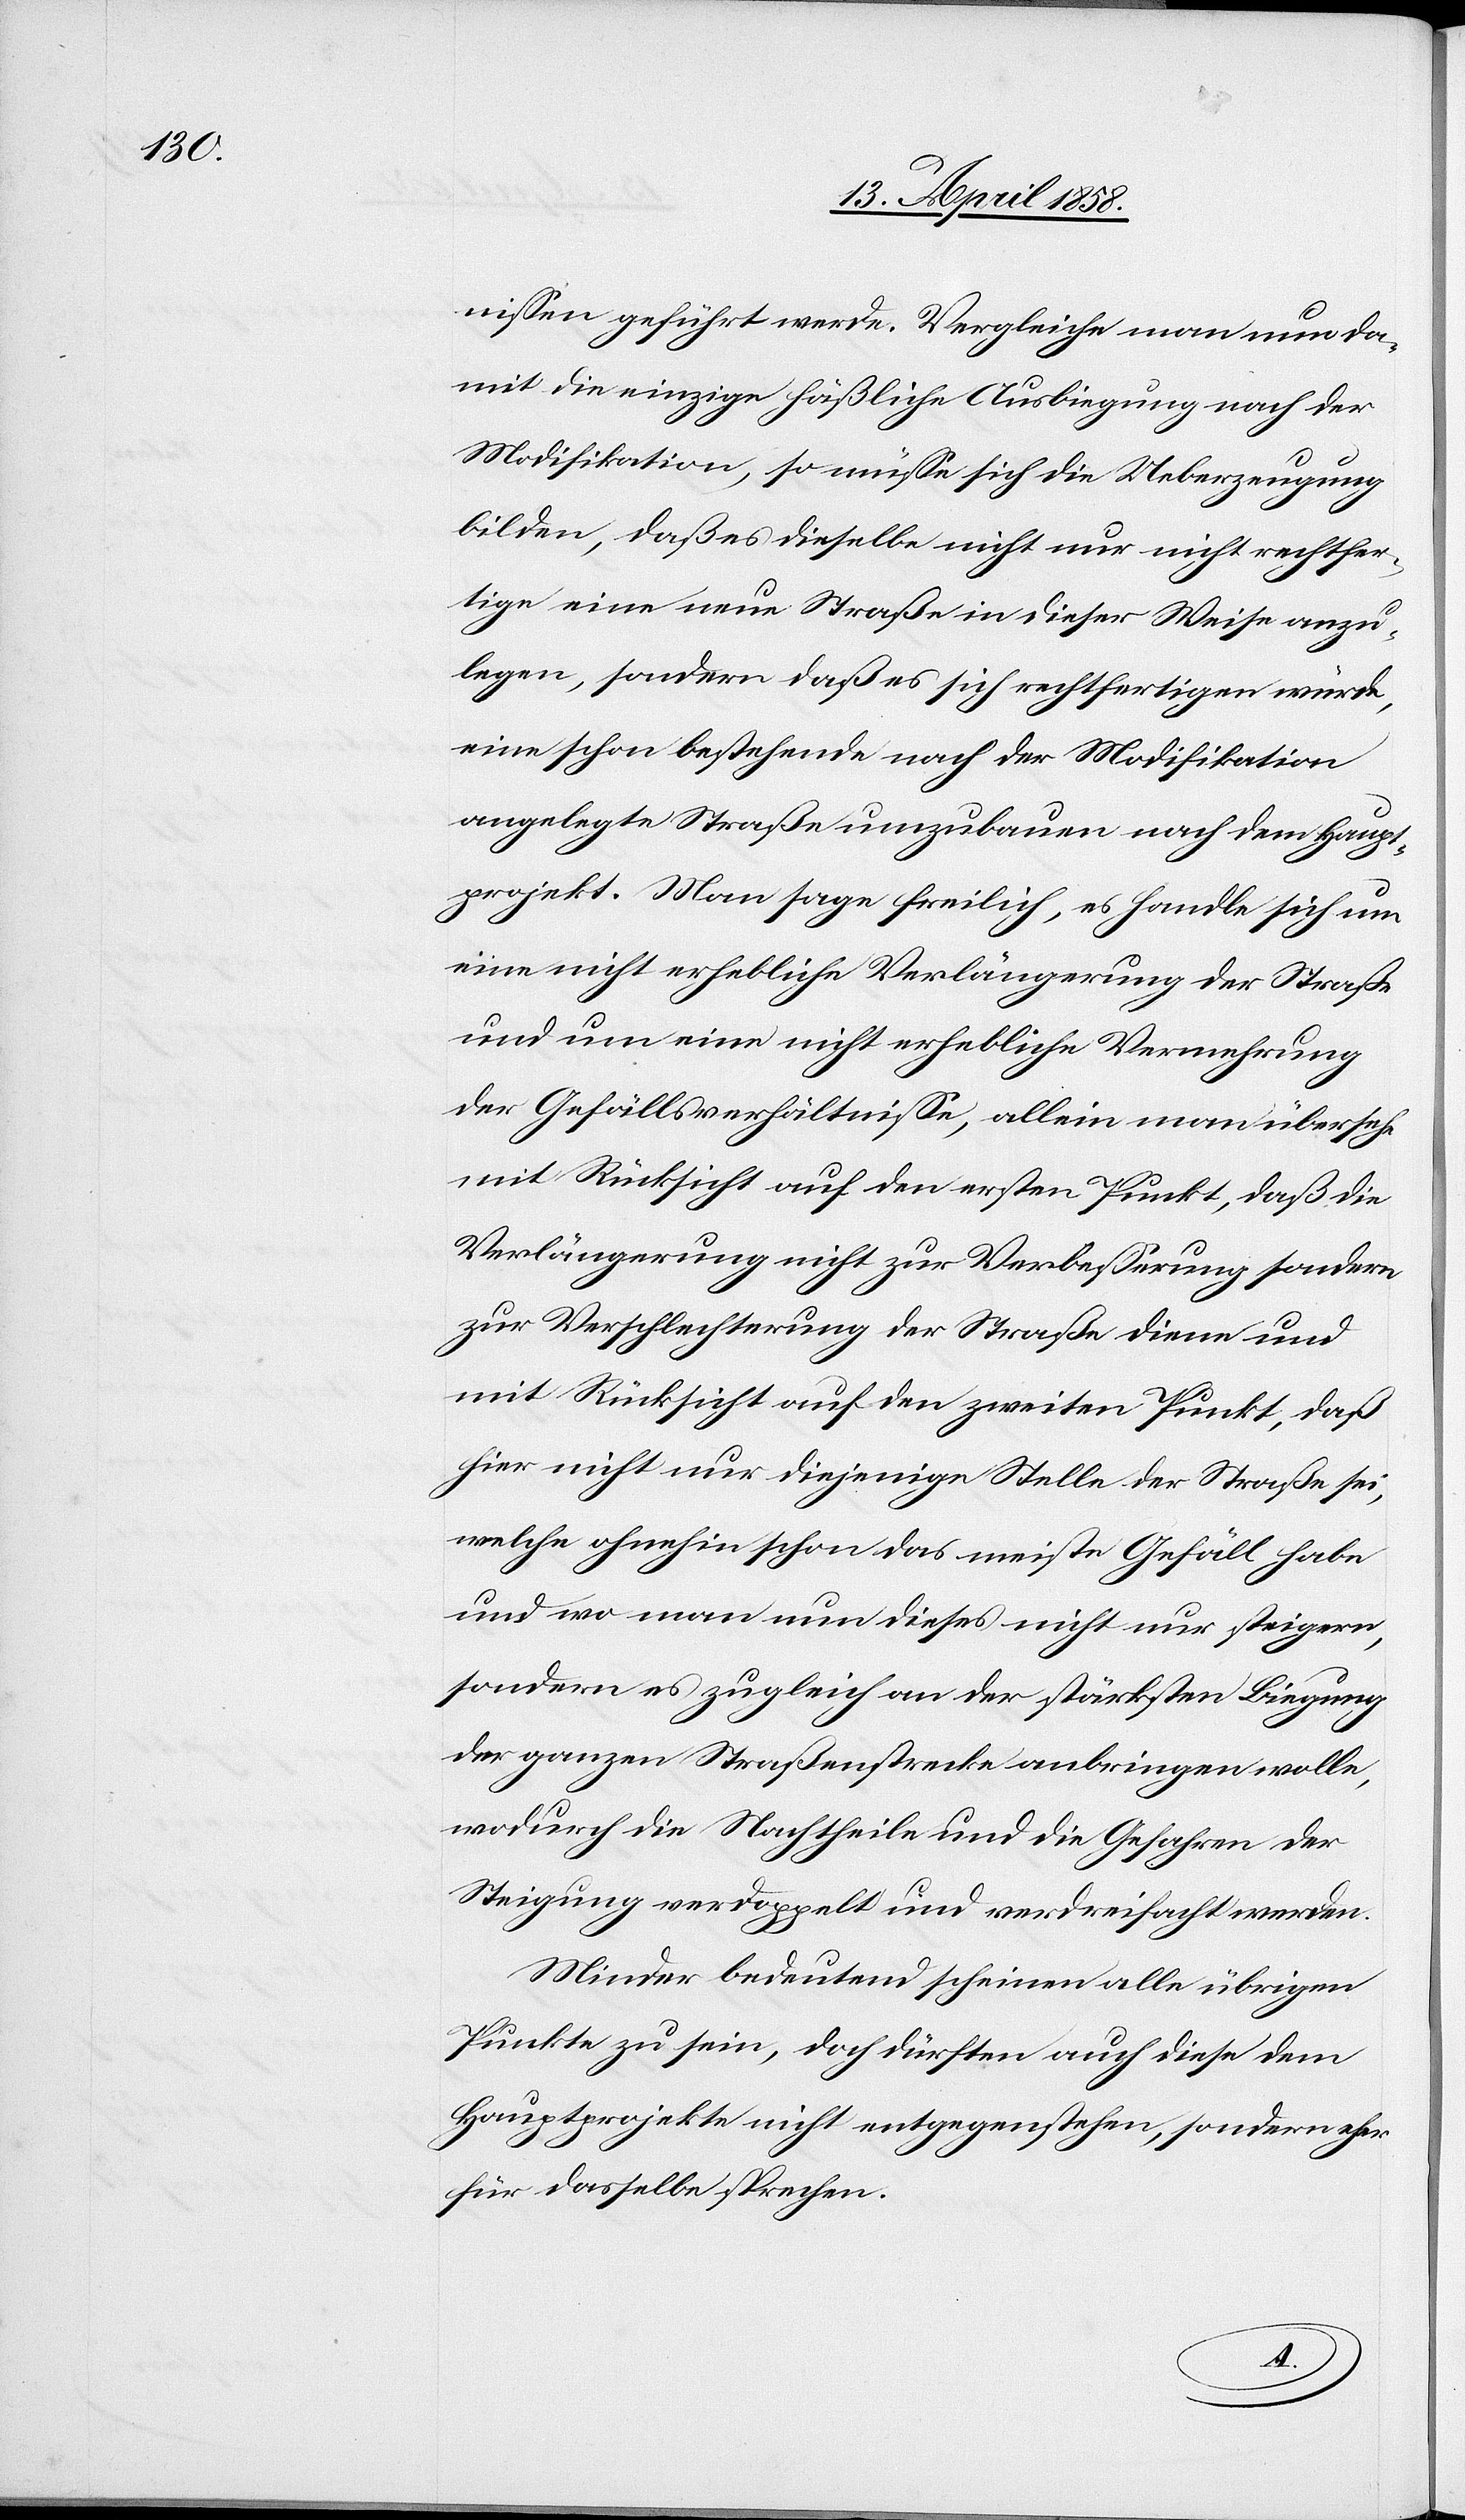
nissen geführt werde. Vergleiche man nun da¬
mit die einzige häßliche Ausbiegung nach der
Modifikation, so müsse sich die Ueberzeugung
bilden, daß es dieselbe nicht nur nicht rechtfer¬
tige eine neue Straße in dieser Weise anzu¬
legen, sondern daß es sich rechtfertigen würde,
eine schon bestehende nach der Modifikation
angelegte Straße umzubauen nach dem Haupt¬
projekt. Man sage freilich, es handle sich um
eine nicht erhebliche Verlängerung der Straße
und um eine nicht erhebliche Vermehrung
der Gefällsverhältnisse, allein man übersehe
mit Rücksicht auf den ersten Punkt, daß die
Verlängerung nicht zur Verbesserung sondern
zur Verschlechterung der Straße diene und
mit Rücksicht auf den zweiten Punkt, daß
hier nicht nur diejenige Stelle der Straße sei,
welche ohnehin schon das meiste Gefäll habe
und wo man nun dieses nicht nur steigern,
sondern es zugleich an der stärksten Biegung
der ganzen Straßenstrecke anbringen wolle,
wodurch die Nachtheile und die Gefahren der
Steigung verdoppelt und verdreifacht werden.
Minder bedeutend scheinen alle übrigen
Punkte zu sein, doch dürften auch diese dem
Hauptprojekte nicht entgegenstehen, sondern eher
für dasselbe sprechen.